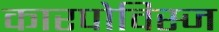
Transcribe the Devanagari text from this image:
कारपोविस्ज